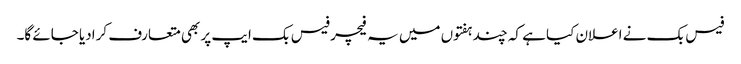
فیس بک نے اعلان کیا ہے کہ چند ہفتوں میں یہ فیچر فیس بک ایپ پر بھی متعارف کرادیا جائے گا۔